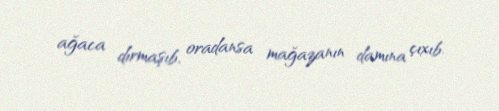
ağaca dırmaşıb, oradansa mağazanın damına çıxıb.